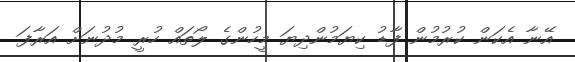
އޭނާ އެކަން ކުރުމުން ފާޑު ކިޔަމުންދިޔަ މީހުންގެ ލޯތައް ހުރީ މުދުނަށް އަރާފަ